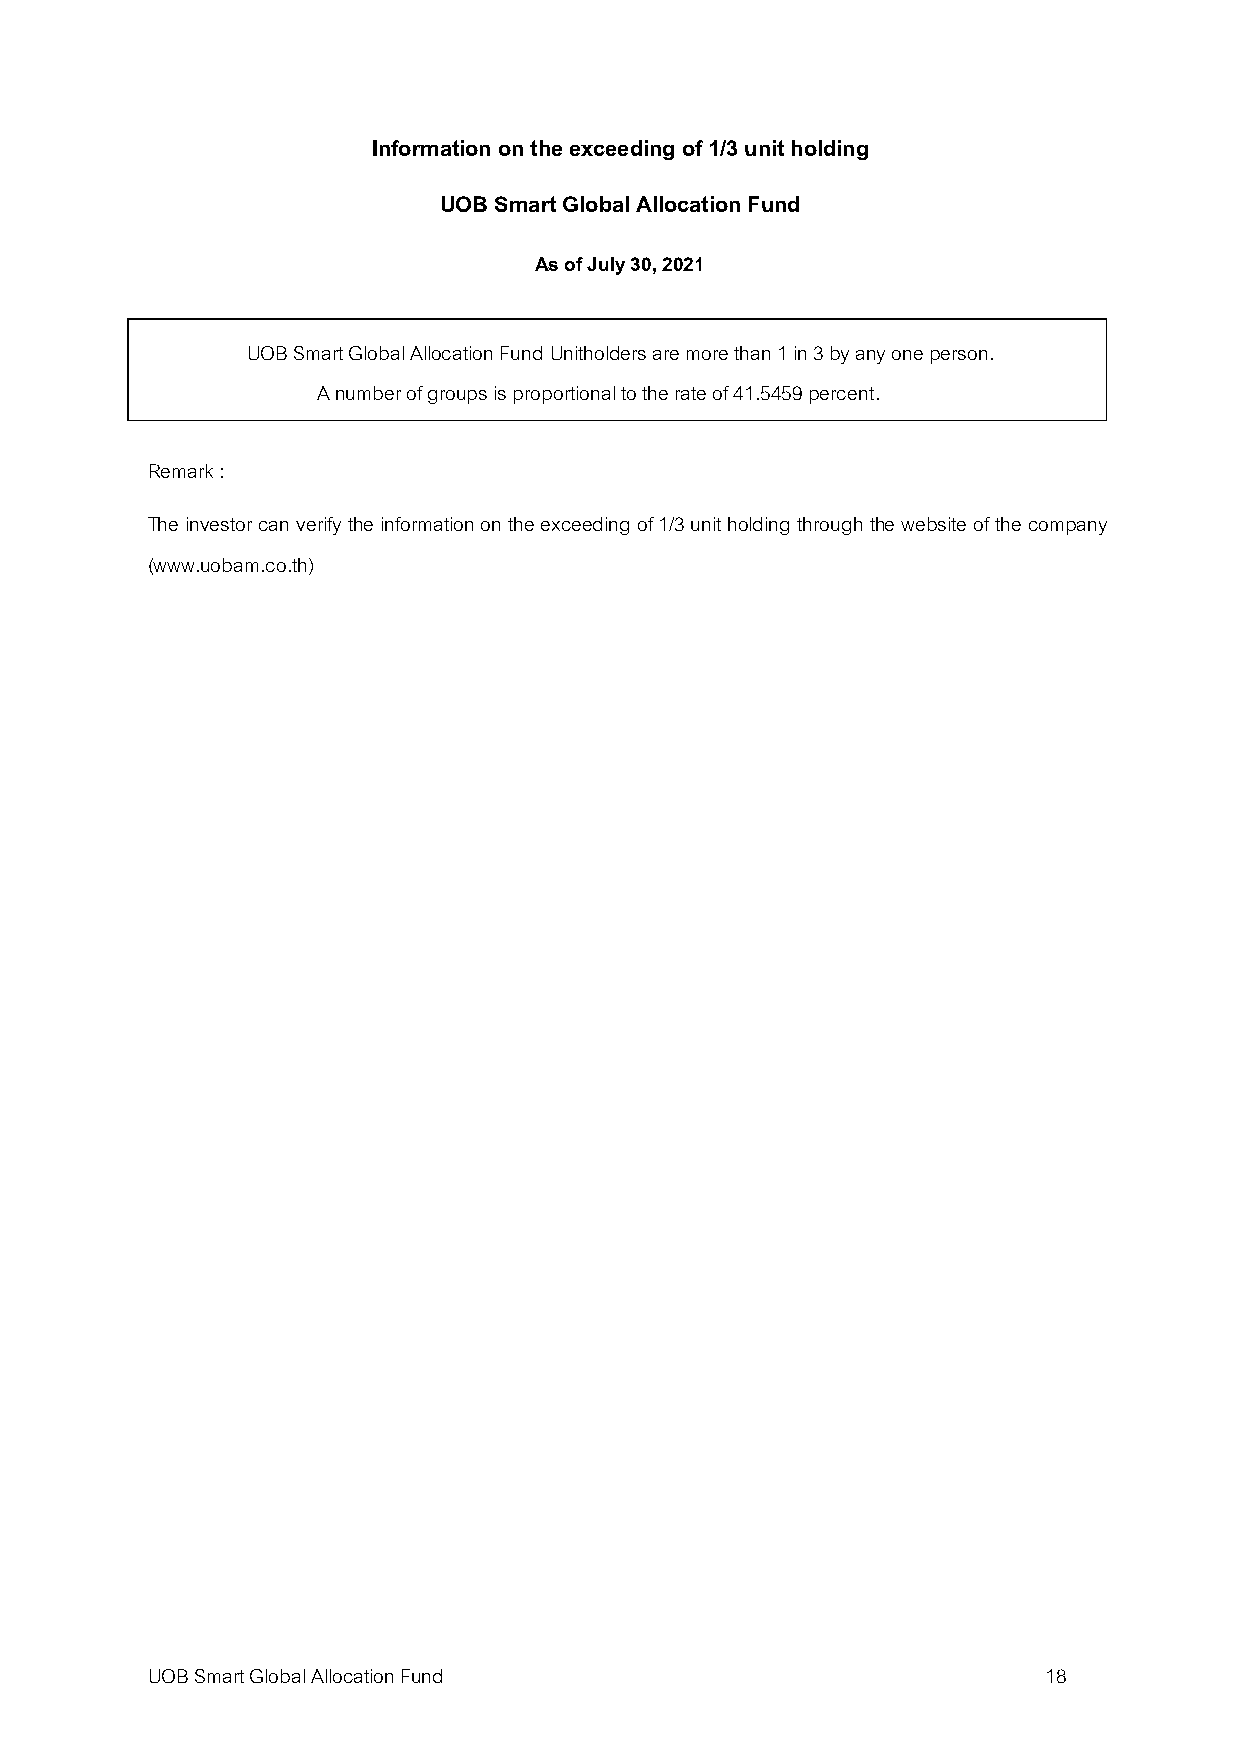
Information on the exceeding of 1/3 unit holding
 UOB Smart Global Allocation Fund
 As of July 30, 2021
 UOB Smart Global Allocation Fund Unitholders are more than 1 in 3 by any one person.
 A number of groups is proportional to the rate of 41.5459 percent.
 Remark :
 The investor can verify the information on the exceeding of 1/3 unit holding through the website of the company
 (www.uobam.co.th)
 UOB Smart Global Allocation Fund                           18